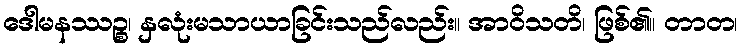
ဒေါမနဿဉ္စ၊ နှလုံးမသာယာခြင်းသည်လည်း။ အာဝိသတိ၊ ဖြစ်၏။ တာတ၊